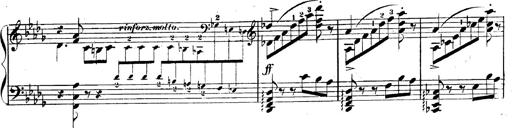
Title: 3 Caprices-Valses
Composer: Franz Liszt